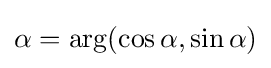
\alpha =\operatorname {arg} (\cos \alpha ,\sin \alpha )